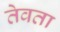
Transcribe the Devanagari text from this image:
तेवता